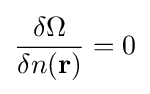
{\frac {\delta \Omega }{\delta n(\mathbf {r} )}}=0